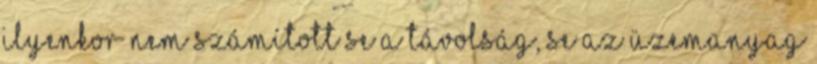
ilyenkor nem számított se a távolság, se az üzemanyag